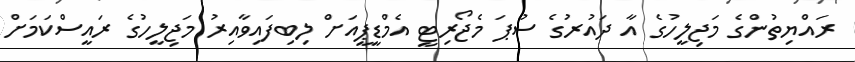
ރައްޔިތުންގެ މަޖިލީހުގެ އާ ދައުރުގެ ސުޕަ މެޖޯރިޓީ އެމްޑީޕީއަށް ލިބިފައިވާއިރު މަޖިލީހުގެ ރައީސްކަމަށް